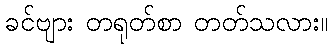
ခင်ဗျား တရုတ်စာ တတ်သလား။